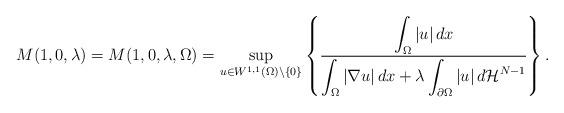
LaTeX: \begin{align*}M(1,0,\lambda)= M(1,0,\lambda,\Omega)= \sup_{u\in W^{1,1}(\Omega)\setminus\{0\}}\left\{\frac{\displaystyle\int_{\Omega}\left|u\right|dx}{\displaystyle\int_{\Omega}\left|\nabla u\right|dx+\lambda\int_{\partial\Omega}\left|u\right|d\mathcal H^{N-1}}\right\}.\end{align*}